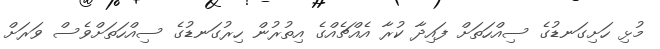
މުޅި ހަށިގަނޑުގެ ސިއްހަތަށް ފައިދާ ކުރާ އެއްޗެއްގެ އިތުރުން ހިރުގަނޑުގެ ސިއްހަތަށްވެސް ވަރަށް